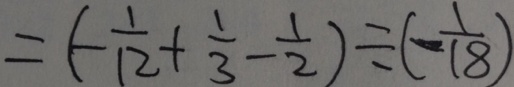
= ( - \frac { 1 } { 1 2 } + \frac { 1 } { 3 } - \frac { 1 } { 2 } ) \div ( - \frac { 1 } { 1 8 } )